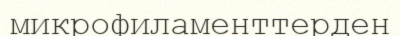
микрофиламенттерден